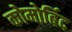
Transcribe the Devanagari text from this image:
कोमोर्बिद